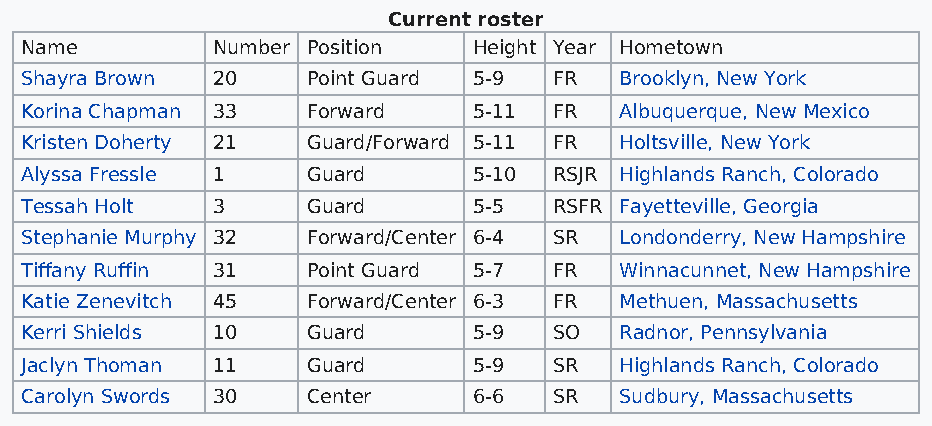
Current roster
 Name         Number Position  Height Year Hometown
 Shayra Brown 20    Point Guard 5-9  FR  Brooklyn, New York
 Korina Chapman 33  Forward    5-11  FR  Albuquerque, New Mexico
 Kristen Doherty 21 Guard/Forward 5-11 FR Holtsville, New York
 Alyssa Fressle 1   Guard      5-10  RSJR Highlands Ranch, Colorado
 Tessah Holt  3     Guard      5-5   RSFR Fayetteville, Georgia
 Stephanie Murphy 32 Forward/Center 6-4 SR Londonderry, New Hampshire
 Tiffany Ruffin 31  Point Guard 5-7  FR  Winnacunnet, New Hampshire
 Katie Zenevitch 45 Forward/Center 6-3 FR Methuen, Massachusetts
 Kerri Shields 10   Guard      5-9   SO  Radnor, Pennsylvania
 Jaclyn Thoman 11   Guard      5-9   SR  Highlands Ranch, Colorado
 Carolyn Swords 30  Center     6-6   SR  Sudbury, Massachusetts